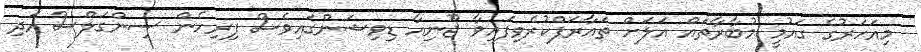
މިއަހަރުގެ ގައުމީ މުބާރާތައް އަލަށް ތައާރަފްކުރެވިފައިވާ ޖޫނިއާ ޑިވިޝަންގައިވެސް ފިރިހެން ސިންގަލްސް އަދި